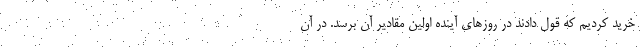
خرید کردیم که قول دادند در روزهای آینده اولین مقادیر آن برسد. در آن